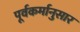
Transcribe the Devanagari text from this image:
पूर्वकर्मानुसार